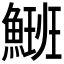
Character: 𩺡